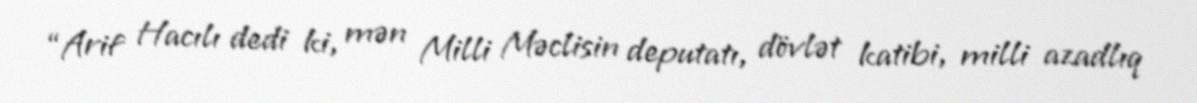
“Arif Hacılı dedi ki, mən Milli Məclisin deputatı, dövlət katibi, milli azadlıq